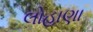
લોહાણા